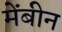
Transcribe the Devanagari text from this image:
मेंबीन